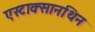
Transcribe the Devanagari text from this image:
एस्टाक्सानथिन